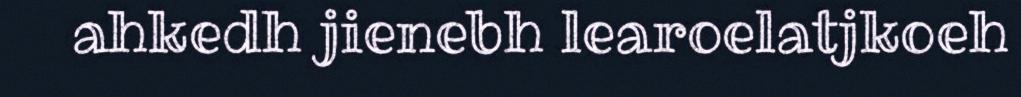
ahkedh jienebh learoelatjkoeh